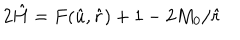
2 \hat { H } = F ( \hat { u } , \hat { r } ) + 1 - 2 M _ { 0 } / \hat { r }